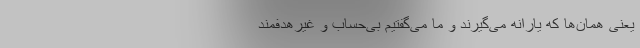
یعنی همان‌ها که یارانه می‌گیرند و ما می‌گفتیم بی‌حساب و غیرهدفمند